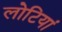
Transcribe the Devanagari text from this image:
लोटियां